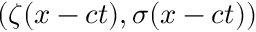
( \zeta ( x - c t ) , \sigma ( x - c t ) )